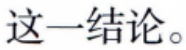
这一结论。